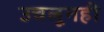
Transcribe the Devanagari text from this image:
उचलूनही